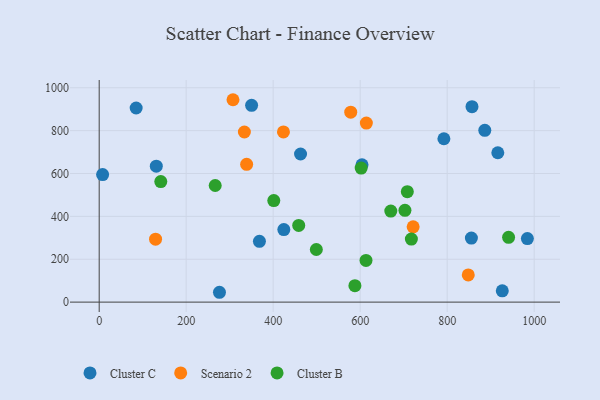
{"axis": {"x": "Distance", "y": "Sales"}, "legend": ["Cluster B", "Cluster C", "Scenario 2"], "data": [{"x": "276.5", "y": 45.9, "type": "Cluster C"}, {"x": "350.4", "y": 918.2, "type": "Cluster C"}, {"x": "604.2", "y": 640.8, "type": "Cluster C"}, {"x": "368.4", "y": 283.7, "type": "Cluster C"}, {"x": "916.4", "y": 696.9, "type": "Cluster C"}, {"x": "855.7", "y": 298.8, "type": "Cluster C"}, {"x": "926.7", "y": 52.5, "type": "Cluster C"}, {"x": "85.0", "y": 905.5, "type": "Cluster C"}, {"x": "131.3", "y": 634.1, "type": "Cluster C"}, {"x": "886.5", "y": 801.3, "type": "Cluster C"}, {"x": "792.5", "y": 762.2, "type": "Cluster C"}, {"x": "462.9", "y": 690.9, "type": "Cluster C"}, {"x": "984.4", "y": 296.3, "type": "Cluster C"}, {"x": "857.1", "y": 911.7, "type": "Cluster C"}, {"x": "424.5", "y": 338.6, "type": "Cluster C"}, {"x": "7.9", "y": 595.0, "type": "Cluster C"}, {"x": "129.6", "y": 293.6, "type": "Scenario 2"}, {"x": "339.0", "y": 643.0, "type": "Scenario 2"}, {"x": "307.6", "y": 944.2, "type": "Scenario 2"}, {"x": "614.2", "y": 835.3, "type": "Scenario 2"}, {"x": "721.8", "y": 351.1, "type": "Scenario 2"}, {"x": "848.5", "y": 126.9, "type": "Scenario 2"}, {"x": "333.8", "y": 793.6, "type": "Scenario 2"}, {"x": "423.6", "y": 794.2, "type": "Scenario 2"}, {"x": "578.3", "y": 886.2, "type": "Scenario 2"}, {"x": "717.7", "y": 293.9, "type": "Cluster B"}, {"x": "708.4", "y": 515.0, "type": "Cluster B"}, {"x": "458.7", "y": 357.8, "type": "Cluster B"}, {"x": "401.4", "y": 473.8, "type": "Cluster B"}, {"x": "587.9", "y": 76.9, "type": "Cluster B"}, {"x": "613.4", "y": 194.5, "type": "Cluster B"}, {"x": "702.9", "y": 428.3, "type": "Cluster B"}, {"x": "266.7", "y": 544.0, "type": "Cluster B"}, {"x": "602.3", "y": 625.1, "type": "Cluster B"}, {"x": "141.6", "y": 562.2, "type": "Cluster B"}, {"x": "670.4", "y": 424.7, "type": "Cluster B"}, {"x": "941.2", "y": 302.4, "type": "Cluster B"}, {"x": "499.2", "y": 245.5, "type": "Cluster B"}]}